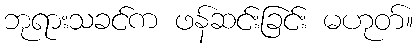
ဘုရားသခင်က ဖန်ဆင်းခြင်း မဟုတ်။